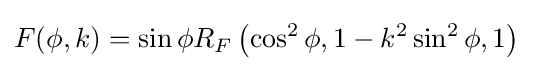
F(\phi ,k)=\sin \phi R_{F}\left(\cos ^{2}\phi ,1-k^{2}\sin ^{2}\phi ,1\right)